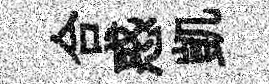
合惑凱